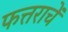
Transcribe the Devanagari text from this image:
फत्तराचें